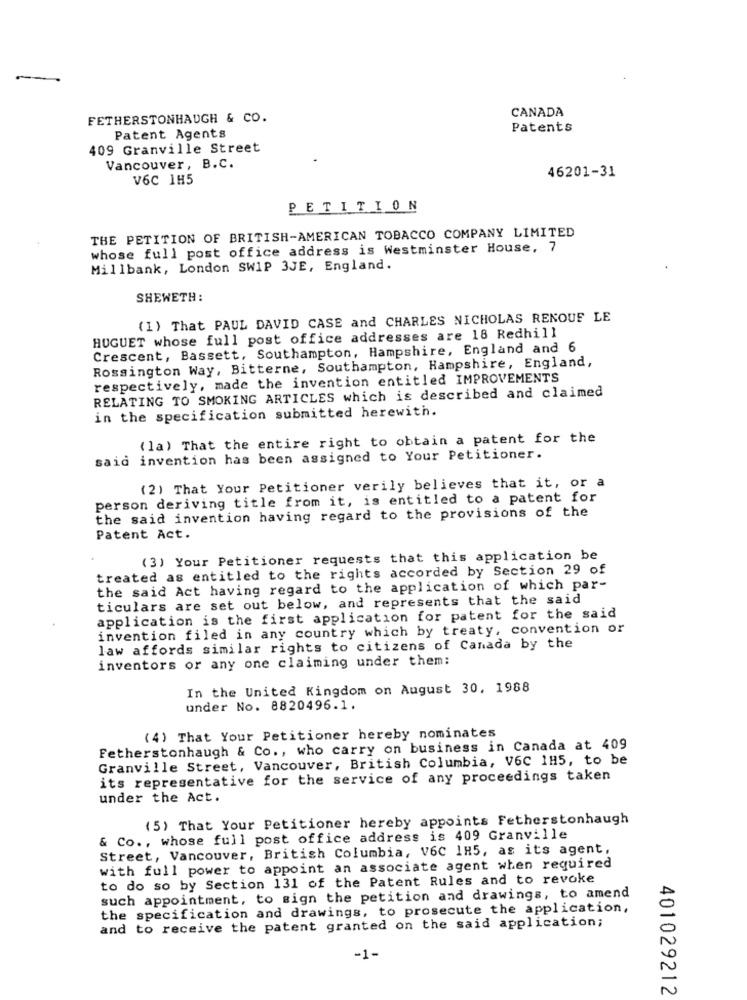
FETHERSTONHAUGH & CO.
CANADA
Patents
Patent Agents
409 Granville Street
Vancouver, B.C.
V6C 1H5
46201-31
PETITION
THE PETITION OF BRITISH-AMERICAN TOBACCO COMPANY LIMITED
whose full post office address is Westminster House, 7
Millbank, London SW1P 3JE, England.
SHEWETH:
(1) That PAUL DAVID CASE and CHARLES NICHOLAS RENOUF LE
HUGUET whose full post office addresses are 18 Redhill
Crescent, Bassett, Southampton, Hampshire, England and 6
Rossington Way, Bitterne, Southampton, Hampshire, England,
respectively, made the invention entitled IMPROVEMENTS
RELATING TO SMOKING ARTICLES which is described and claimed
in the specification submitted herewith.
(la) That the entire right to obtain a patent for the
said invention has been assigned to Your Petitioner.
(2) That Your Petitioner verily believes that it, or a
person deriving title from it, is entitled to a patent for
the said invention having regard to the provisions of the
Patent Act.
(3) Your Petitioner requests that this application be
treated as entitled to the rights accorded by Section 29 of
the said Act having regard to the application of which par-
ticulars are set out below, and represents that the said
application is the first application for patent for the said
invention filed in any country which by treaty, convention or
law affords similar rights to citizens of Canada by the
inventors or any one claiming under them:
In the United Kingdom on August 30, 1988
under No. 8820496.1.
(4) That Your Petitioner hereby nominates
Fetherstonhaugh & Co ., who carry on business in Canada at 409
Granville Street, Vancouver, British Columbia, V6C 1H5, to be
its representative for the service of any proceedings taken
under the Act.
(5) That Your Petitioner hereby appoints Fetherstonhaugh
& Co ., whose full post office address is 409 Granville
Street, Vancouver, British Columbia, V6C 1H5, as its agent,
with full power to appoint an associate agent when required
to do so by Section 131 of the Patent Rules and to revoke
such appointment, to sign the petition and drawings, to amend
the specification and drawings, to prosecute the application,
and to receive the patent granted on the said application;
-1-
401029212